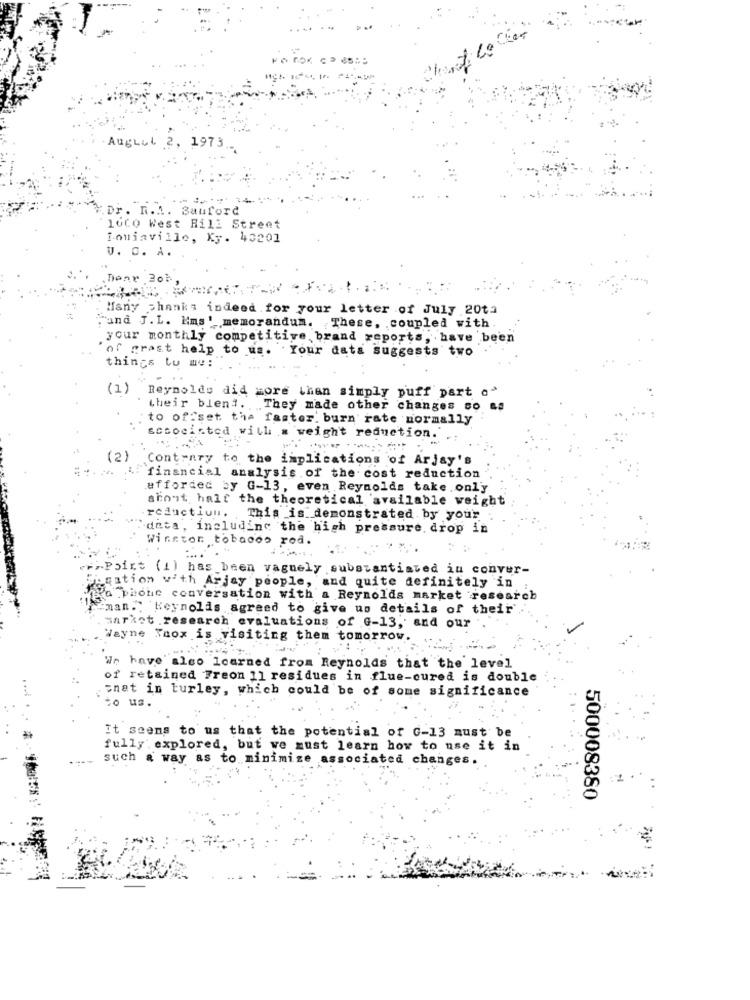
AugLul 2, 1973 .-
Dr. R.M. Sauford
10Co West Hill Street
Loujaville, Ky. 43201
U. O. A.
Dear 201
Many Thanks indeed.for your letter of July 20ta
"and J. L. Kms. memorandum. These, coupled with.
your monthly competitive brand reports, have been
of grast help to us. . Your data suggests two
things tu me:
(1)
Reynolds did more than simply puff part o"
their blend. They made other changes so as
to offset the faster. burn rate normally
sccocinted will a weight reduction. .:
(2)
Contrary to the implications of Arjay's
4.financial analysis of the cost reduction
afforded by G-13, even Reynolds take.only
aront half the theoretical available weight
reductiuu. This is demonstrated by your
'data, including the high pressure, drop in
Winston tobacco red.
>Point (1) has been vaguely substantiated in conver-
gation v'th Arjay people, and quite definitely in
Ya phone conversation with a Reynolds market research
"man. Heynolds agreed to give us details of their'
sarkot .research evaluations of G-13, and our
Wayne Xnox is visiting them tomorrow.
We have also learned from Reynolds that the level
of retained Freon 11 residues in flue-cured is double
;nat in turley, which could be of some significance
It seems to us that the potential of G-13 must be
fully' explored, but we must learn how to use it in
such a way as to minimize associated changes.
500008380